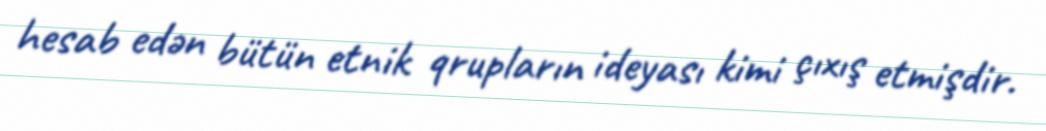
hesab edən bütün etnik qrupların ideyası kimi çıxış etmişdir.